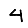
Digit: 4